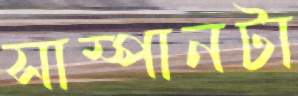
সাম্পানটা